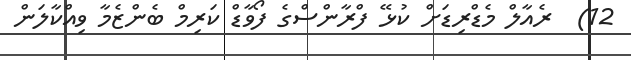
12)  ރެއާލް މެޑްރިޑަށް ކުޅޭ ފްރާންސްގެ ފޯވާޑް ކަރިމް ބެންޒެމާ ވިއްކާލަން